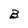
Character: B